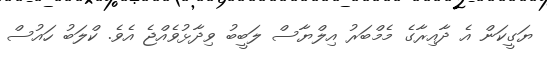
ޔަގީކަން އެ ދާއިރާގެ މެމްބަރު އިލްޔާސް ލަބީބު ވިދާޅުވެއްޖެ އެވެ. ކްލަބު ހައުސް